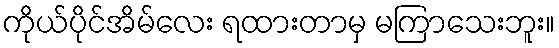
ကိုယ်ပိုင်အိမ်လေး ရထားတာမှ မကြာသေးဘူး။